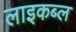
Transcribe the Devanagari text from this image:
लाइकब्ल